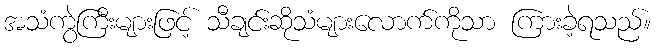
အသံကွဲကြီးများဖြင့် သီချင်းဆိုသံများလောက်ကိုသာ ကြားခဲ့ရသည်။